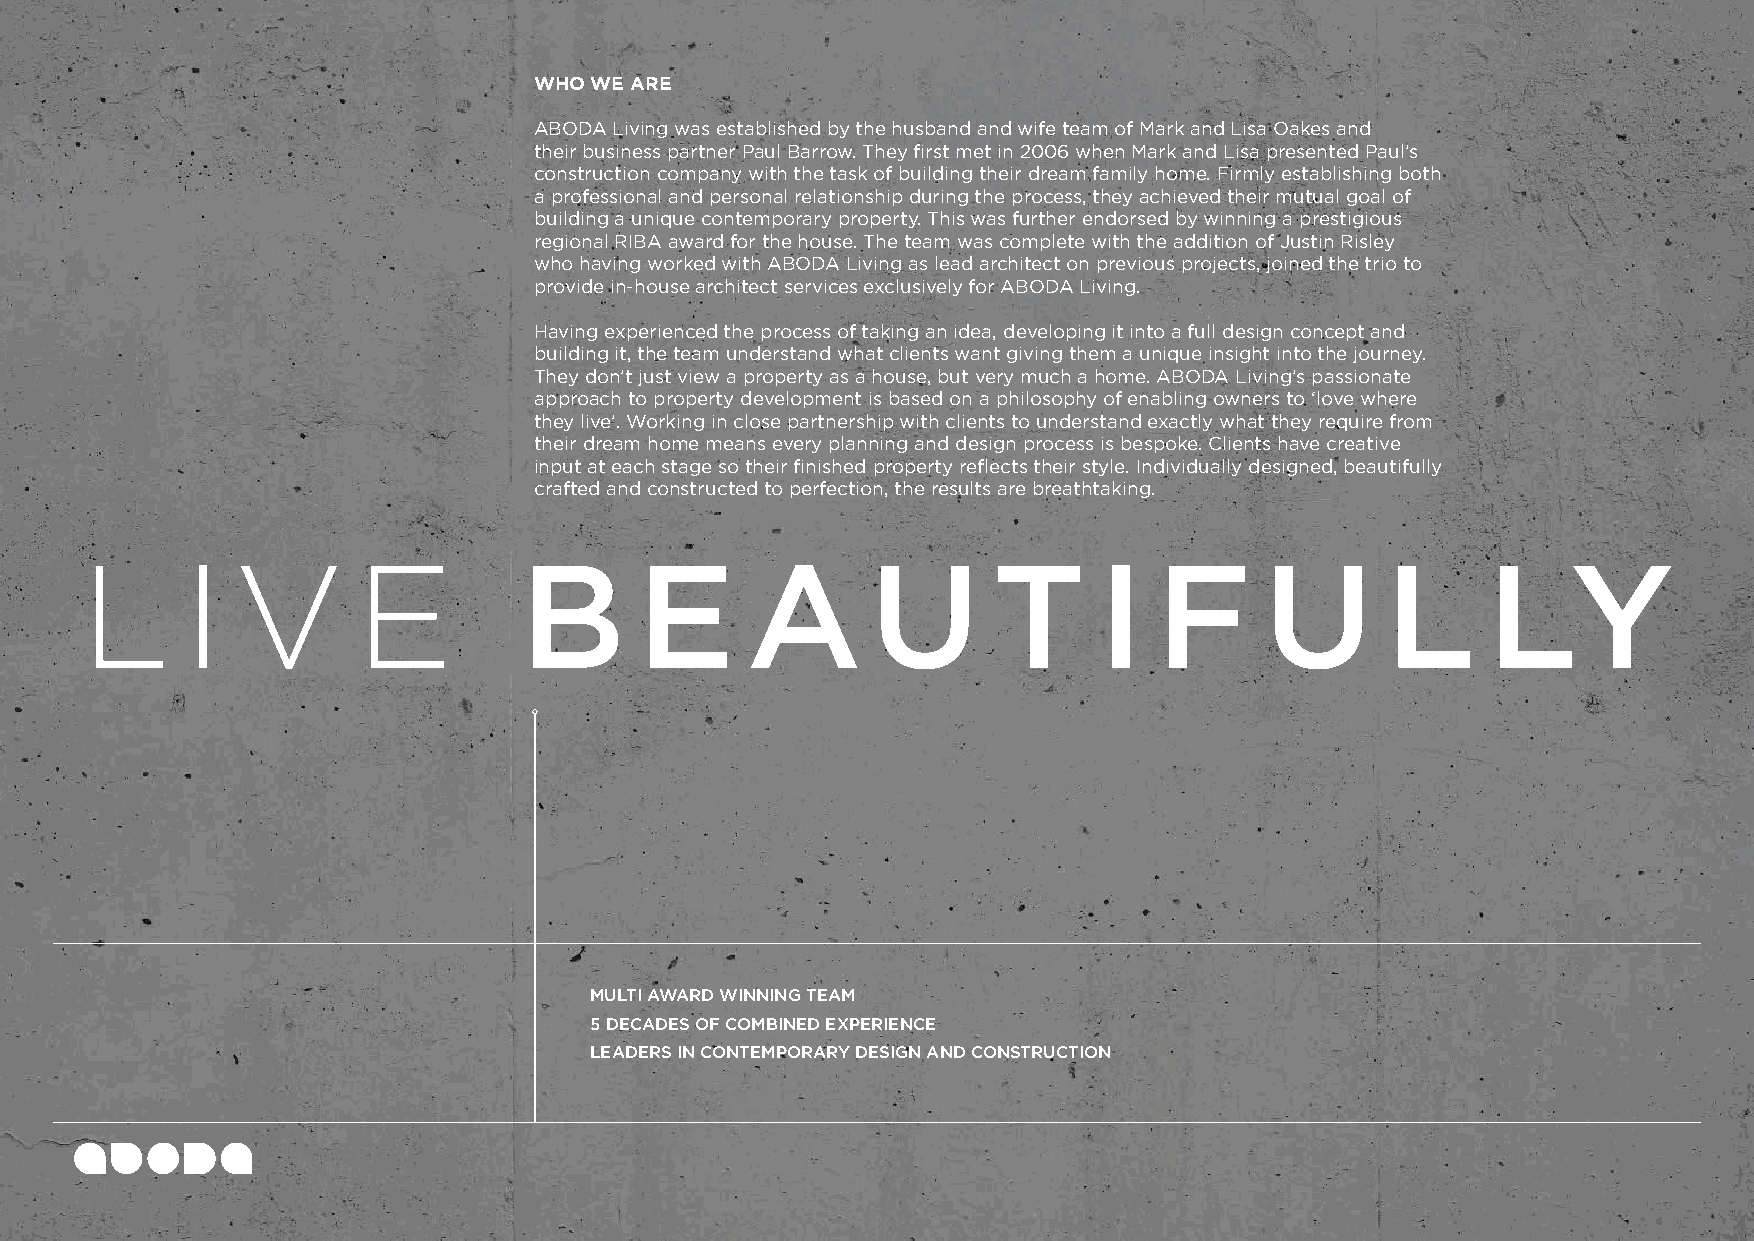
WHO WE ARE
 ABODA Living was established by the husband and wife team of Mark and Lisa Oakes and
 their business partner Paul Barrow. They first met in 2006 when Mark and Lisa presented Paul’s
 construction company with the task of building their dream family home. Firmly establishing both
 a professional and personal relationship during the process, they achieved their mutual goal of
 building a unique contemporary property. This was further endorsed by winning a prestigious
 regional RIBA award for the house. The team was complete with the addition of Justin Risley
 who having worked with ABODA Living as lead architect on previous projects, joined the trio to
 provide in-house architect services exclusively for ABODA Living.
 Having experienced the process of taking an idea, developing it into a full design concept and
 building it, the team understand what clients want giving them a unique insight into the journey.
 They don’t just view a property as a house, but very much a home. ABODA Living’s passionate
 approach to property development is based on a philosophy of enabling owners to ‘love where
 they live’. Working in close partnership with clients to understand exactly what they require from
 their dream home means every planning and design process is bespoke. Clients have creative
 input at each stage so their finished property reflects their style. Individually designed, beautifully
 crafted and constructed to perfection, the results are breathtaking.
 L      I   V       E
 B       E      A        U       T      I   F      U       L     LY
 MULTI AWARD WINNING TEAM
 5 DECADES OF COMBINED EXPERIENCE
 LEADERS IN CONTEMPORARY DESIGN AND CONSTRUCTION